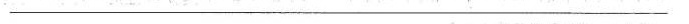
___